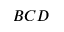
B C D